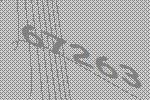
67263